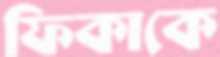
ফিকাকে